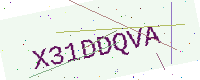
Text: X31DDQVA